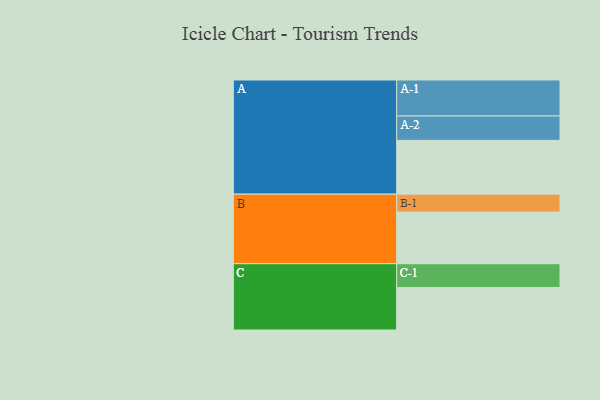
{"axis": {"x": "Segment", "y": "Value"}, "legend": ["", "A", "B", "C"], "data": [{"x": "A", "y": 444, "type": ""}, {"x": "B", "y": 426, "type": ""}, {"x": "C", "y": 350, "type": ""}, {"x": "A-1", "y": 297, "type": "A"}, {"x": "A-2", "y": 201, "type": "A"}, {"x": "B-1", "y": 148, "type": "B"}, {"x": "C-1", "y": 197, "type": "C"}]}